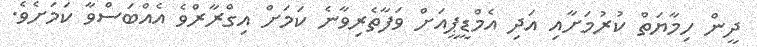
ދީން ހިމާޔަތް ކުރުމަށާއި އަދި އެމްޑީޕީއަށް ވަފާތެރިވާނެ ކަމަށް އިގްރާރްވެ އެއްބަސްވާ ކަމަށެވެ.